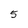
Character: 5